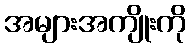
အများအကျိုးကို